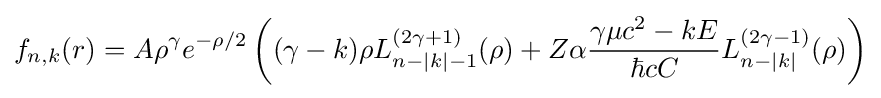
f_{n,k}(r)=A\rho ^{\gamma }e^{-\rho /2}\left((\gamma -k)\rho L_{n-|k|-1}^{(2\gamma +1)}(\rho )+Z\alpha {\frac {\gamma \mu c^{2}-kE}{\hbar cC}}L_{n-|k|}^{(2\gamma -1)}(\rho )\right)